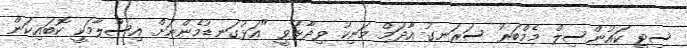
ސިޓީ ކައުންސިލް މެމްބަރު ސަރަނގު އާދަމް މަނިކު ވިދާޅުވީ "އަޅުގަނޑުމެންނަށް އިސްލާމަކީ ކޮބައިކަން